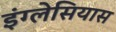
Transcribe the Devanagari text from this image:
इंग्लेसियास